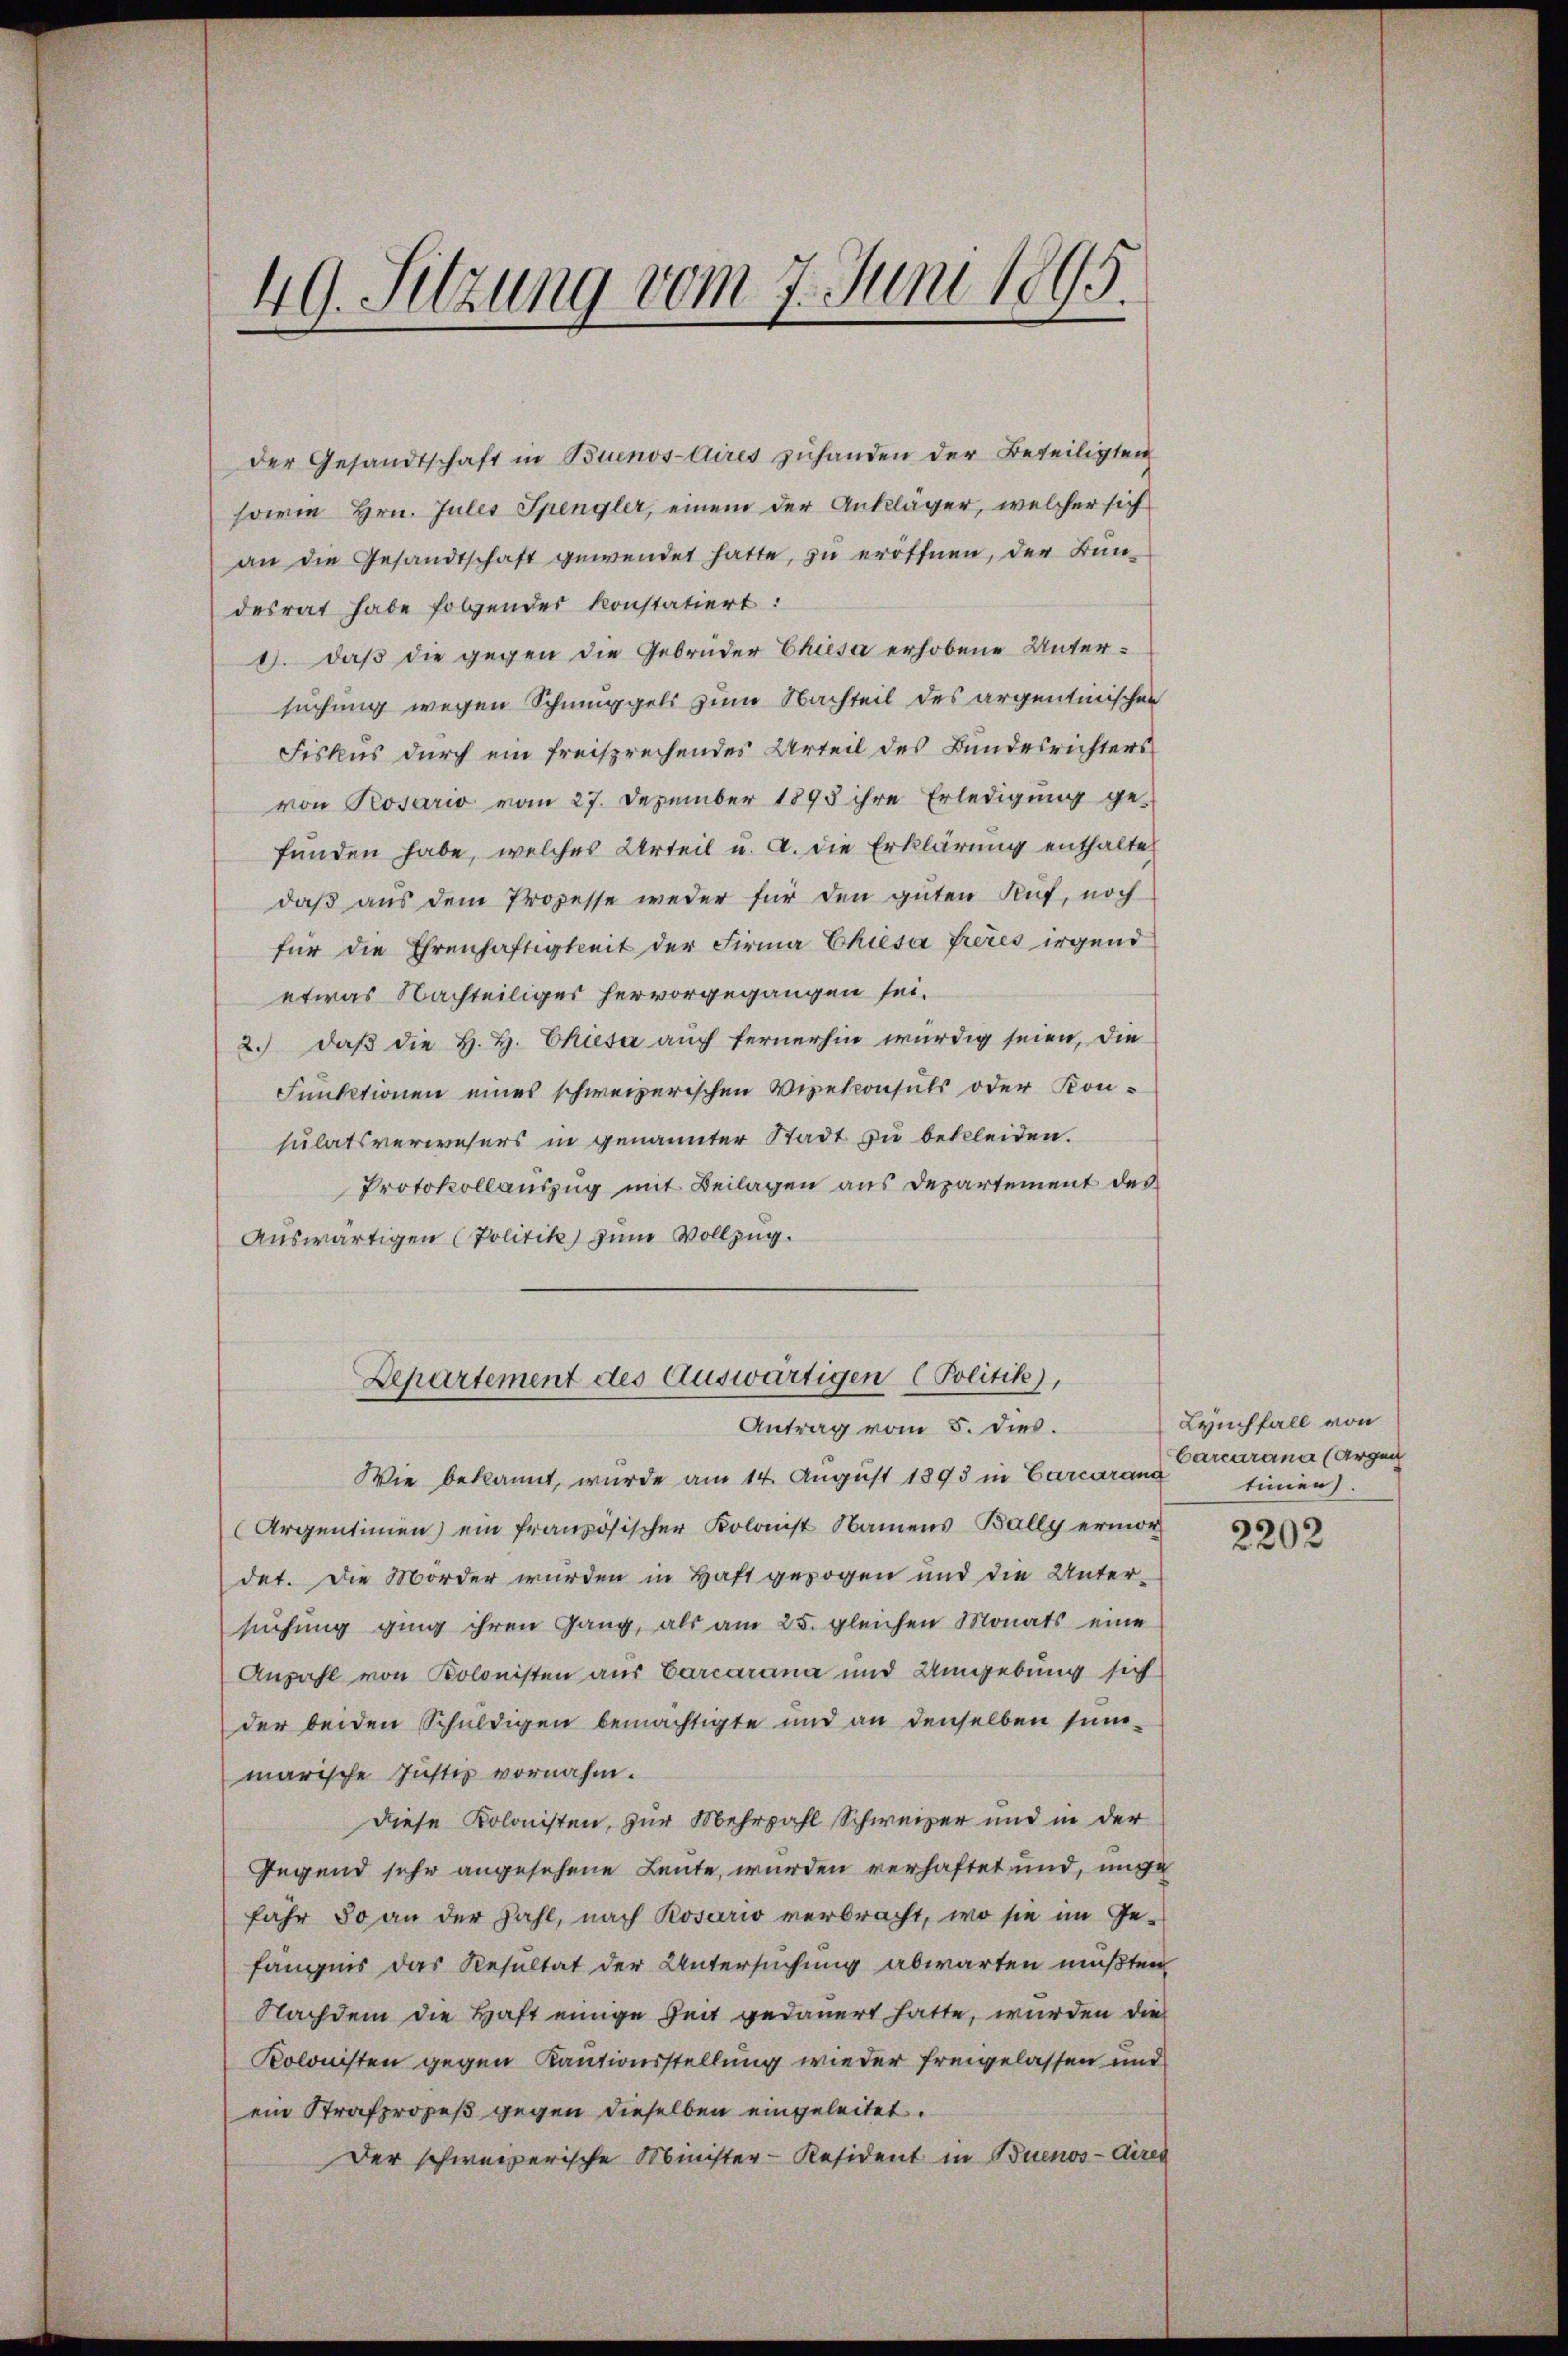
49. Sitzung vom 7. Juni 1895.

der Gesandtschaft in Buenos-Aires zuhanden der Beteiligten
sowie Hrn. Jules Spengler, einem der Ankläger, welcher sich
an die Gesandtschaft gewendet hatte, zu eröffnen, der Bundesrat habe folgender konstatiert:
1. daβ die gegen die Gebrüder Chiesa erhobene Untersuchung wegen Schmuggels zum Nachteil des argentinischen
Fiskus durch ein freisprechendes Urteil des Bundesrichters
von Prosario vom 27. Dezember 1895 ihre Erledigung ge-
funden habe, welches Urteil u. a. die Erklärung enthalten
daß aus dem Prozesse weder für den guten Ruf, noch
für die Ehrenhaftigkeit der Firma Chiesa freies irgend
etwas Nachteiliger hervorgegangen sei.
2.) daß die H. H. Chusa auch fernerhin würdig seien, die
Funktionen eines schweizerischen Vizekonsuls oder Konsulatsverwesers in genannter Stadt zu bekleiden.
Protokollauszug mit Beilagen aus Departement des
Auswärtigen (Politik zum Vollzug.
Departement des Auswärtigen (Politik),
Antrag vom 5. dies.
Wie bekannt, wurde am 14. August 1893 in Carcarand
Argentinien) ein französischer Kolonist Namens Bally ermordet. Die Morder wurden in Haft gezogen und die Untersuchung ging ihren Gang, als am 25. gleichen Monats eine
Anzahl von Kolonisten aus Carcarana und Umgebung sich
der beiden Schuldigen bemächtigte und an denselben summarische Justiz vornahm.
Diese Kolonisten, zur Mehrzahl Schweizer und in der
Gegend sehr angesehene Leute, wurden verhaftet und, unge
fähr 30 an der Zahl, nach Rosario verbracht, wo sie im Ge-
fängnis das Resultat der Untersuchung abwarten mußten
Nachdem die Haft einige Zeit gedauert hatte, wurden die
Kolonisten gegen Kautionsstellung wieder freigelassen und
ein Strafprozeß gegen dieselben eingeleitet.
Der schweizerische Minister-Resident in Buenos-Aires

Lyuchfall von
Carcarana (Argei
tinnen.

2202